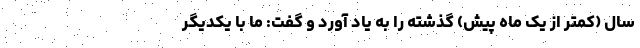
سال (کمتر از یک ماه پیش) گذشته را به یاد آورد و گفت: ما با یکدیگر